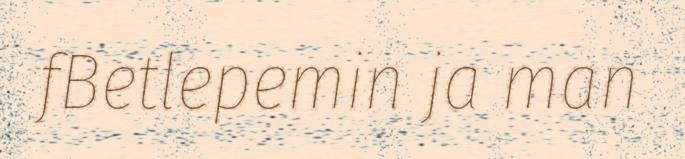
fBetlepemin ja man